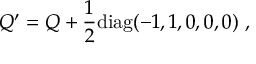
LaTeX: j _ { l } = \frac { v q } { \rho _ { 0 } } \delta ( \rho - \rho _ { 0 } ) \delta ( \varphi - \omega _ { 0 } t ) \delta ( z ) \delta _ { l 2 } , \quad v = \omega _ { 0 } \rho _ { 0 } , \quad l = 1 , 2 , 3